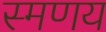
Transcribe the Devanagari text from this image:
स्मणय